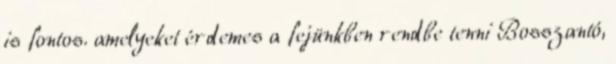
is fontos. amelyeket érdemes a fejünkben rendbe tenni Bosszantó,